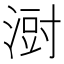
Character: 㴻